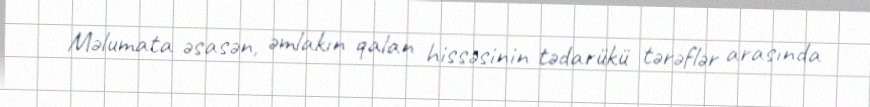
Məlumata əsasən, əmlakın qalan hissəsinin tədarükü tərəflər arasında